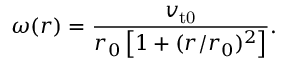
\omega ( r ) = \frac { v _ { \mathrm { t 0 } } } { r _ { 0 } \left[ 1 + ( r / r _ { 0 } ) ^ { 2 } \right] } .